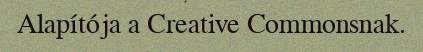
Alapítója a Creative Commonsnak.